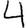
Digit: 4